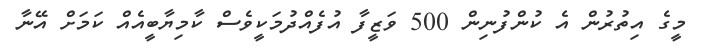
މީގެ އިތުރުން އެ ކުންފުނިން 500 ވަޒީފާ އުފެއްދުމަކީވެސް ކާމިޔާބީއެއް ކަމަށް އޭނާ